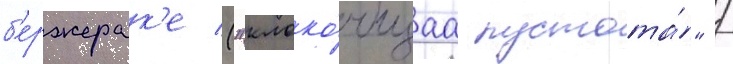
б'ержерак'е ("клоко́чущаа пустота́" /